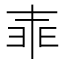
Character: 𠁰